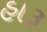
હારૂ